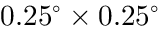
0 . 2 5 ^ { \circ } \times 0 . 2 5 ^ { \circ }